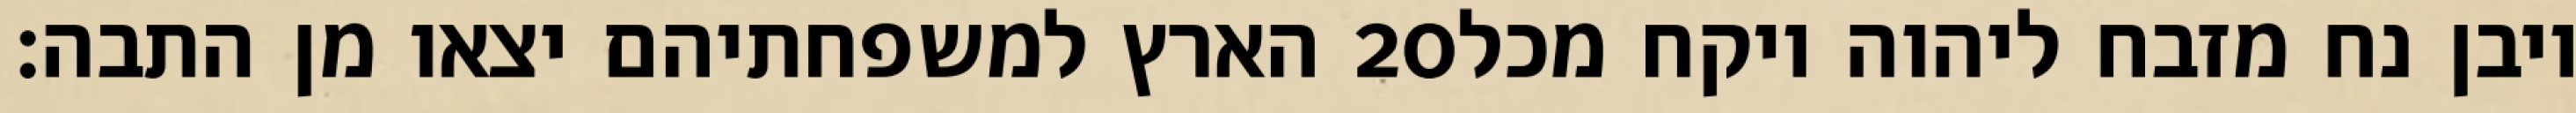
הארץ למשפחתיהם יצאו מן התבה׃ ‎20‏ ויבן נח מזבח ליהוה ויקח מכל